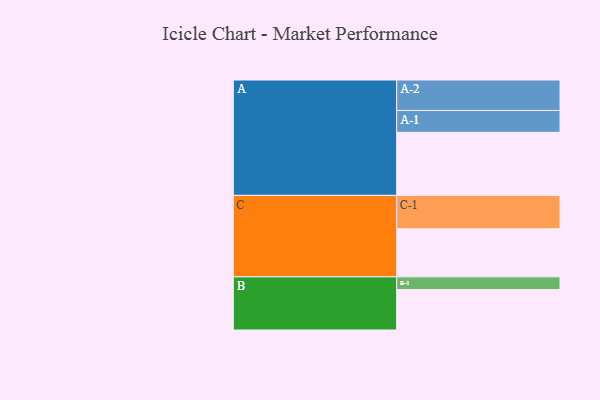
{"axis": {"x": "Segment", "y": "Value"}, "legend": ["", "A", "B", "C"], "data": [{"x": "A", "y": 534, "type": ""}, {"x": "B", "y": 342, "type": ""}, {"x": "C", "y": 407, "type": ""}, {"x": "A-1", "y": 185, "type": "A"}, {"x": "A-2", "y": 258, "type": "A"}, {"x": "B-1", "y": 108, "type": "B"}, {"x": "C-1", "y": 283, "type": "C"}]}